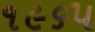
૧૯૬૫